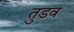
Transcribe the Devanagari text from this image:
तुडव